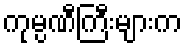
ကုမ္ပဏီကြီးများက